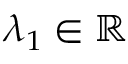
\lambda _ { 1 } \in \mathbb { R }